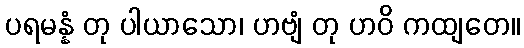
ပရမန္နံ တု ပါယာသော၊ ဟဗျံ တု ဟဝိ ကထျတေ။